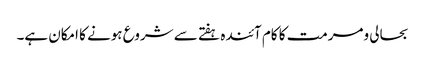
بحالی ومرمت کا کام آئندہ ہفتے سے شروع ہونے کا امکان ہے۔